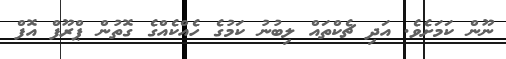
ނޫން ކަމަށެވެ. އަދި ޗެކްތައް ލިބުނު ކަމުގެ ހެއްކެއްގެ ގޮތުން ޕްރޫފް އޮފް